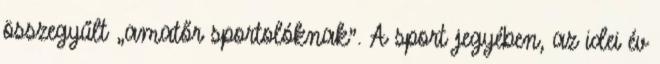
összegyűlt „amatőr sportolóknak”. A sport jegyében, az idei év